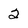
Character: 2